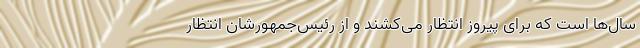
سال‌ها است که برای پیروز انتظار می‌کشند و از رئیس‌جمهورشان انتظار